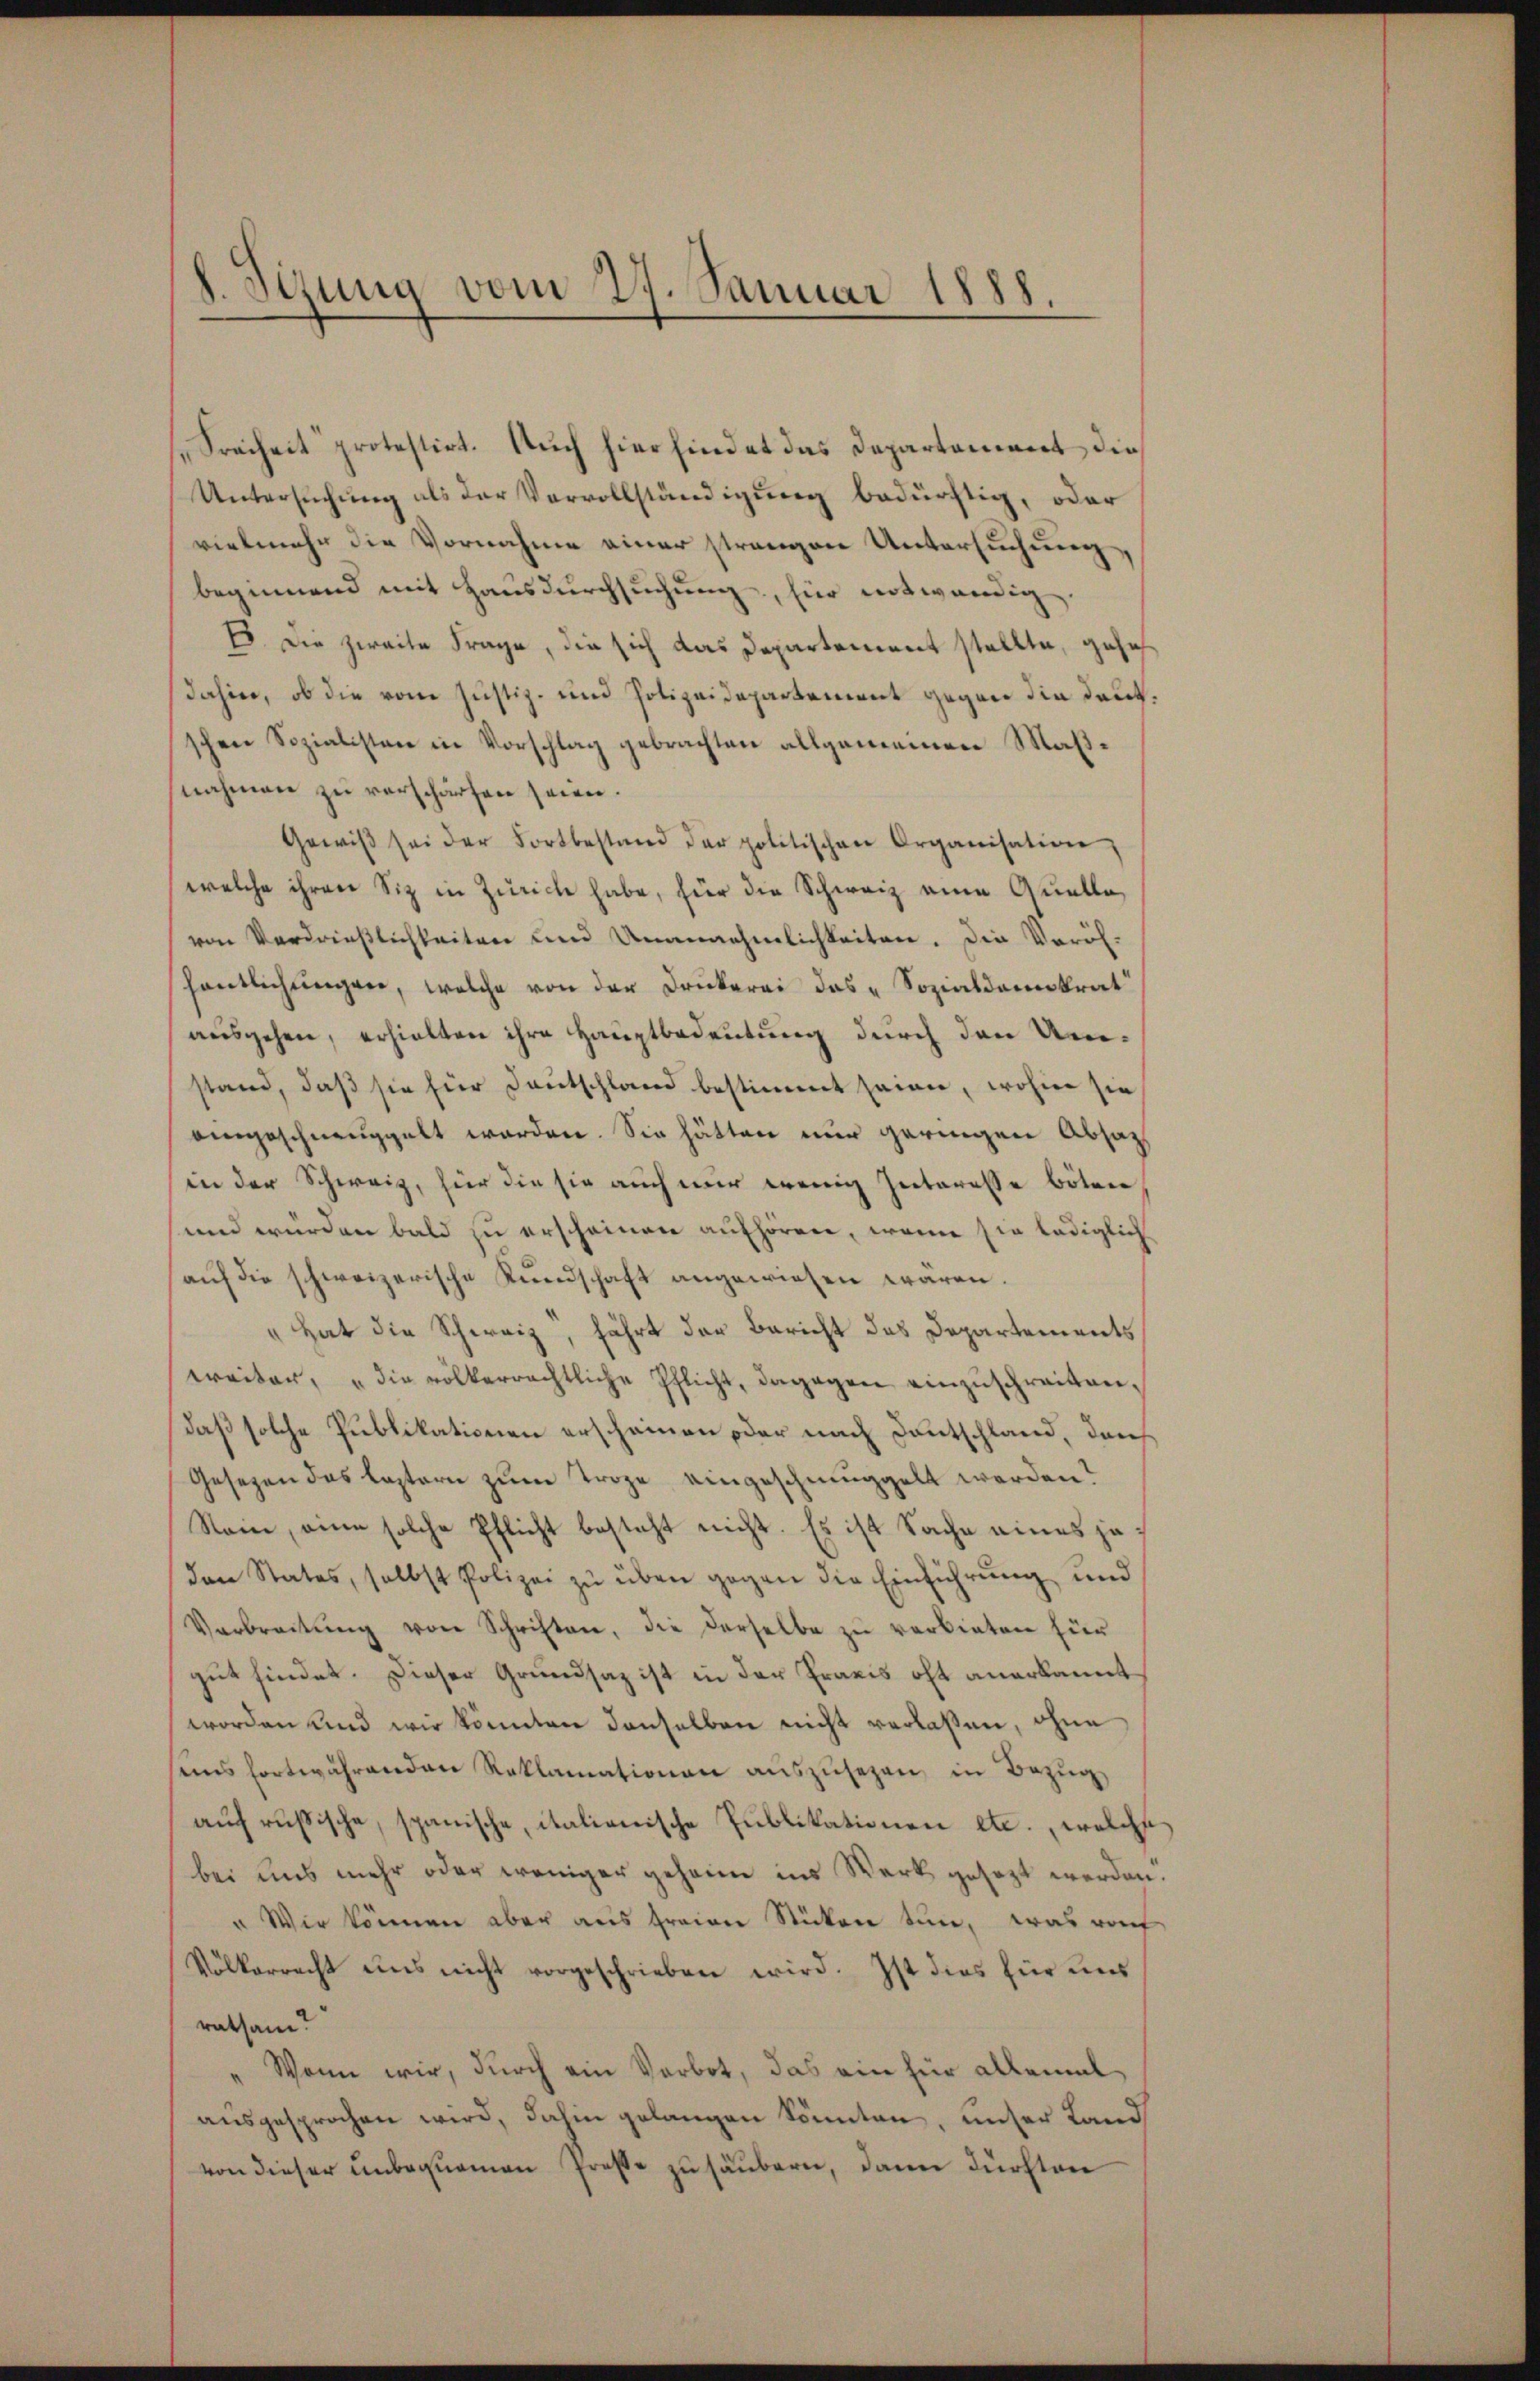
8. Sizung vom 27. Januar 1888.

Freiheit protestirt. Auch hierfindet das Departement, die
Untersuchung als der Vervollständigung bedürftig, oder
vielmehr die Vornahme einer strengen Untersuchung,
beginnend mit Hausdurchsuchung, für notwendig.
E. Die zweite Frage, die sich das Departement stellte, gehe
dahin, ob die vom Justiz- und Polizeidepartement gegen die Daut,
schen Sozialisten in Vorschlag gebrachten allgemeinen Maßnahmen zu verschärfen seinen.
Gewiß sei der Fortbestand der politischen Organisation,
welche ihren Siz in Zürich habe, hier die Schweiz eine Quelle,
von Verdrießlichkeiten und Unannehmlichkeiten. Die Voröh-
fentlichungen, welche von der Drukerei das „Sozialdemokrat
ausgehen, erhielten ihre Hauptbedeutung durch den Umstand, daß sie für Deutschland bestimmt seinen, wohin sie
eingeschneuggelt worden. Sie hätten nur geringen Absatz
in der Schweiz, hier die sie auch nur wenig Interesse böten
und würden bald zu erscheinen aufhören, wenn sie lediglich
aŭf die schweizerische Kundschaft angewiesen waren.
" hat die Schweiz, fährt der Bericht das Departements
weiter, "die völkerrechtliche Pflicht, dagegen einzuschreiten,
daß solche Publikationen erscheinen oder nach Deutschland, den
Gesezen das leztern zum Troge eingeschmuggelt werden?
Nein, eine solche Pflicht besteht nicht. Es ist Sache eines ja
den States, selbst Polizei zŭ über gegen die Einführung und
Verbreitŭng von Schriften, die derselbe zu verbieten für
gut findet. Dieser Grundsaz ist in der Praxis oft anerkannt
worden und wir könnten denselben nicht verlaßen, ohne
sins fortwährenden Reklamationen aŭszŭsetzen, in Bezug
auf russische, spanische, italienische Publikationen etc., welche
bei uns mehr oder weniger geheim ins Werk gesezt werden
" Wir können aber aus freien Stücken tun, was rach
Völkerrecht uns nicht vorgeschrieben wird. Ist dies für uns
ratsam?
" Wenn wir, durch ein Verbot, das ein für allemal
ausgesprochen wird, dahin gelangen könnten, unser Lands
von dieser unbequemen Presse zu säubern, dann dürften